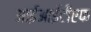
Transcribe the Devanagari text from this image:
आईआईटीएफ